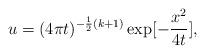
LaTeX: \begin{align*} u=(4\pi t)^{-\frac{1}{2}(k+1)}\exp[-\frac{x^2}{4t}],\end{align*}